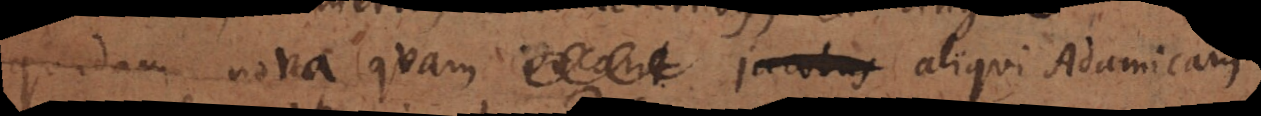
quadam nova quam _ jacobus aliqui Adamicam